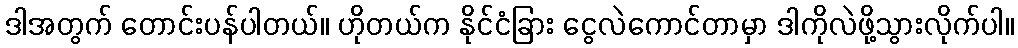
ဒါအတွက် တောင်းပန်ပါတယ်။ ဟိုတယ်က နိုင်ငံခြား ငွေလဲကောင်တာမှာ ဒါကိုလဲဖို့သွားလိုက်ပါ။